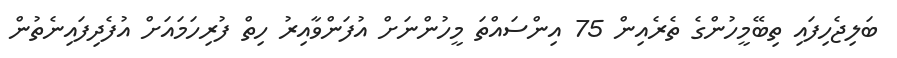
ބަލިޖެހިފައި ތިބޭމީހުންގެ ތެރެއިން 75 އިންސައްތަ މީހުންނަށް އުފަންވާއިރު ހިތް ފުރިހަމައަށް އުފެދިފައިނެތުން